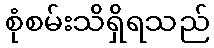
စုံစမ်းသိရှိရသည်